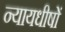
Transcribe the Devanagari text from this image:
न्यायधीषों